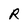
Character: R